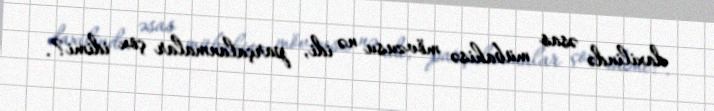
daxilində əsas mübahisə mövzusu nə idi, parçalanmalar çox idimi?.